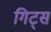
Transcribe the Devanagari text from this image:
गिट्स